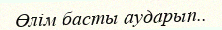
Өлім басты аударып..